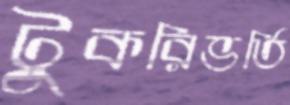
টুকরিভর্তি